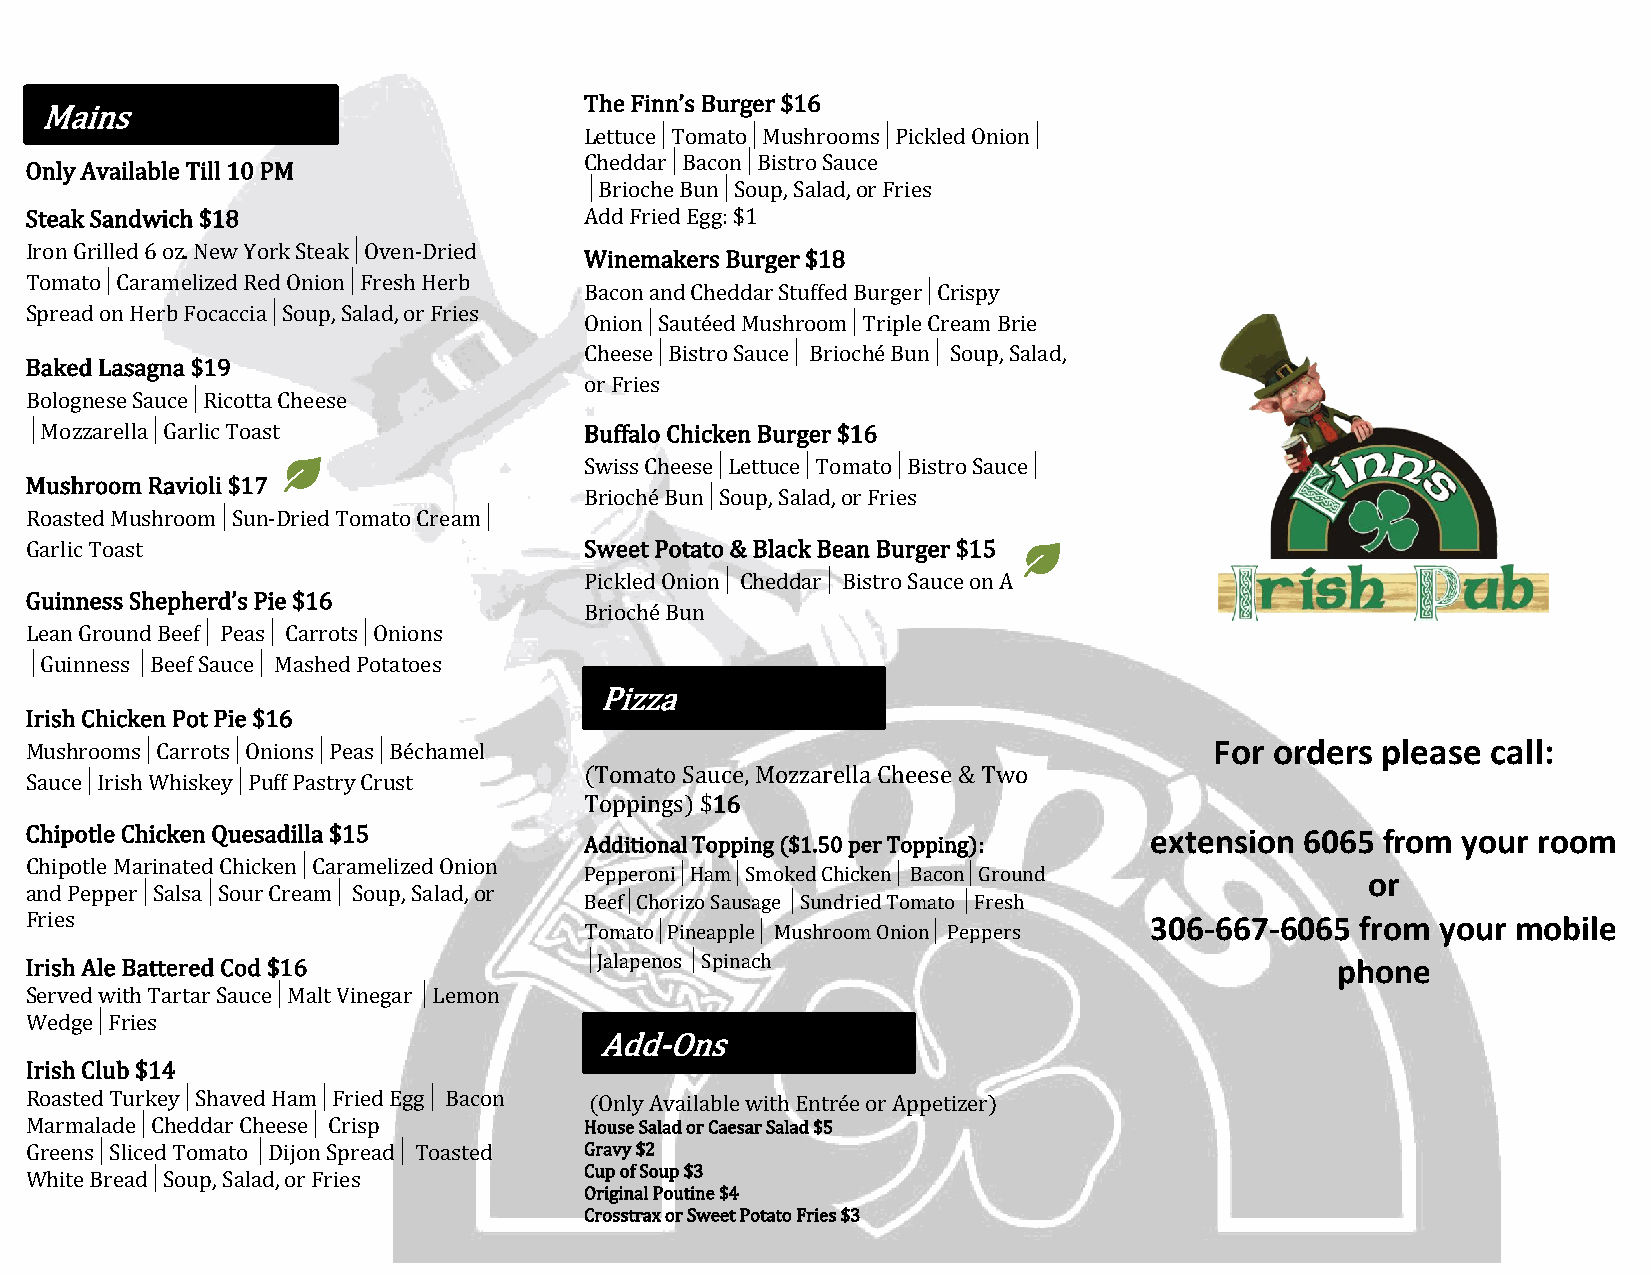
The Finn’s Burger $16
 Mains
 Lettuce│Tomato│Mushrooms│Pickled Onion│
 Cheddar│Bacon│Bistro Sauce
 Only Available Till 10 PM
 │Brioche Bun│Soup, Salad, or Fries
 Steak Sandwich $18                   Add Fried Egg: $1
 Iron Grilled 6 oz. New York Steak│Oven-Dried
 Winemakers Burger $18
 Tomato│Caramelized Red Onion│Fresh Herb
 Bacon and Cheddar Stuffed Burger│Crispy
 Spread on Herb Focaccia│Soup, Salad, or Fries
 Onion│Sautéed Mushroom│Triple Cream Brie
 Cheese│Bistro Sauce│ Brioché Bun│ Soup, Salad,
 Baked Lasagna $19
 or Fries
 Bolognese Sauce│Ricotta Cheese
 │Mozzarella│Garlic Toast             Buffalo Chicken Burger $16
 Swiss Cheese│Lettuce│Tomato│Bistro Sauce│
 Mushroom Ravioli $17
 Brioché Bun│Soup, Salad, or Fries
 Roasted Mushroom│Sun-Dried Tomato Cream│
 Garlic Toast                         Sweet Potato & Black Bean Burger $15
 Pickled Onion│ Cheddar│ Bistro Sauce on A
 Guinness Shepherd’s Pie $16
 Brioché Bun
 Lean Ground Beef│ Peas│ Carrots│Onions
 │Guinness │Beef Sauce│ Mashed Potatoes
 Pizza
 Irish Chicken Pot Pie $16
 Mushrooms│Carrots│Onions│Peas│Béchamel                                        For orders please  call:
 (Tomato Sauce, Mozzarella Cheese & Two
 Sauce│Irish Whiskey│Puff Pastry Crust
 Toppings) $16
 Chipotle Chicken Quesadilla $15                                           extension 6065 from  your room
 Additional Topping ($1.50 per Topping):
 Chipotle Marinated Chicken│Caramelized Onion
 Pepperoni│Ham│Smoked Chicken│ Bacon│Ground          or
 and Pepper│Salsa│Sour Cream│ Soup, Salad, or
 Beef│Chorizo Sausage │Sundried Tomato │Fresh
 Fries                                                                     306-667-6065  from your mobile
 Tomato│Pineapple│ Mushroom Onion│ Peppers
 Irish Ale Battered Cod $16           │Jalapenos │Spinach                              phone
 Served with Tartar Sauce│Malt Vinegar │Lemon
 Wedge│Fries
 Add-Ons
 Irish Club $14
 Roasted Turkey│Shaved Ham│Fried Egg│ Bacon (Only Available with Entrée or Appetizer)
 Marmalade│Cheddar Cheese│ Crisp      House Salad or Caesar Salad $5
 Greens│Sliced Tomato │Dijon Spread│ Toasted Gravy $2
 White Bread│Soup, Salad, or Fries    Cup of Soup $3
 Original Poutine $4
 Crosstrax or Sweet Potato Fries $3